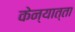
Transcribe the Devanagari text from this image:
केन्यात्ता